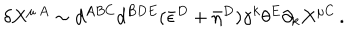
\delta X ^ { \mu \, A } \sim d ^ { A B C } d ^ { B D E } ( \bar { \epsilon } ^ { D } + \bar { \eta } ^ { D } ) \gamma ^ { k } \theta ^ { E } \partial _ { k } X ^ { \mu C } \, .